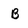
Character: B